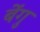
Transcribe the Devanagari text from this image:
बेंगु